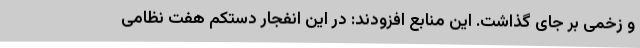
و زخمی بر جای گذاشت. این منابع افزودند: در این انفجار دستکم هفت نظامی